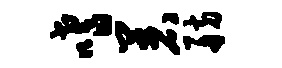
嗜着舫